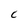
Character: C